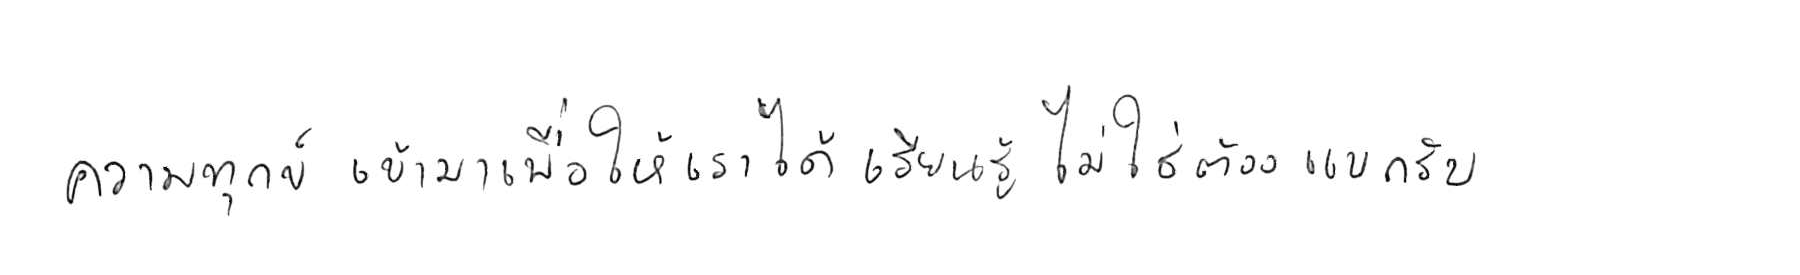
ความทุกข์ เข้ามาเพื่อให้เราได้ เรียนรู้ ไม่ใช่ต้อง แบกรับ